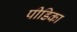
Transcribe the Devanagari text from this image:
पीडिका